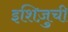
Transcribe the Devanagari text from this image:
इशिज़ुची